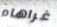
غراهام